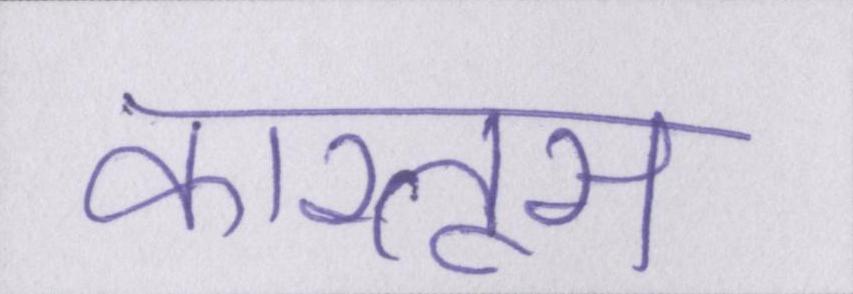
कारतूस